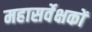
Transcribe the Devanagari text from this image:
महासर्वेक्षकों